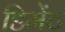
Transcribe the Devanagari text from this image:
डिमेंट